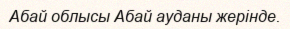
Абай облысы Абай ауданы жерінде.